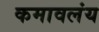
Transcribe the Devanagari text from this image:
कमावलंय